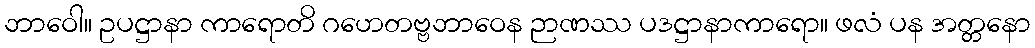
ဘာဝေါ။ ဥပဋ္ဌာနာ ကာရောတိ ဂဟေတဗ္ဗဘာဝေန ဉာဏဿ ပဒဋ္ဌာနာကာရော။ ဖလံ ပန အတ္တနော